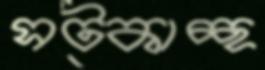
সট্‌কাচ্ছ